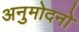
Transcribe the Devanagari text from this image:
अनुमोदनो